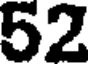
52